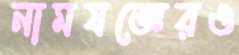
নামযজ্ঞেরও